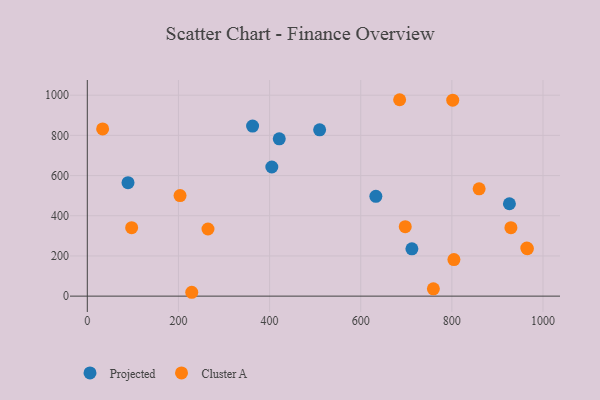
{"axis": {"x": "Investment", "y": "Yield"}, "legend": ["Cluster A", "Projected"], "data": [{"x": "404.9", "y": 642.6, "type": "Projected"}, {"x": "362.7", "y": 846.5, "type": "Projected"}, {"x": "509.8", "y": 827.6, "type": "Projected"}, {"x": "633.2", "y": 496.9, "type": "Projected"}, {"x": "89.3", "y": 564.7, "type": "Projected"}, {"x": "926.3", "y": 459.7, "type": "Projected"}, {"x": "421.2", "y": 782.9, "type": "Projected"}, {"x": "712.3", "y": 235.6, "type": "Projected"}, {"x": "33.6", "y": 832.4, "type": "Cluster A"}, {"x": "685.4", "y": 977.5, "type": "Cluster A"}, {"x": "264.8", "y": 334.2, "type": "Cluster A"}, {"x": "759.4", "y": 36.4, "type": "Cluster A"}, {"x": "964.5", "y": 239.3, "type": "Cluster A"}, {"x": "859.8", "y": 534.1, "type": "Cluster A"}, {"x": "965.7", "y": 236.1, "type": "Cluster A"}, {"x": "97.3", "y": 340.5, "type": "Cluster A"}, {"x": "929.6", "y": 340.7, "type": "Cluster A"}, {"x": "801.9", "y": 975.2, "type": "Cluster A"}, {"x": "697.7", "y": 345.9, "type": "Cluster A"}, {"x": "229.2", "y": 19.2, "type": "Cluster A"}, {"x": "804.5", "y": 182.0, "type": "Cluster A"}, {"x": "203.5", "y": 500.4, "type": "Cluster A"}]}